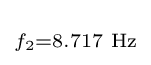
\scriptstyle f_{2}=8.717{\text{ Hz}}